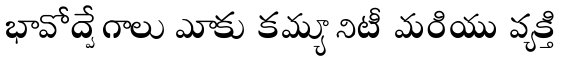
భావోద్వేగాలు మాకు కమ్యూనిటీ మరియు వ్యక్తి